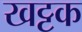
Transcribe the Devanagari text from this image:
खट्टक